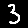
Digit: 3